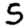
Digit: 5